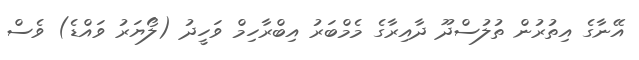
އޭނާގެ އިތުރުން ތުުލުސްދޫ ދާއިރާގެ މެމްބަރު އިބްރާހިމް ވަހީދު (ލޯޔަރު ވައްޑެ) ވެސް